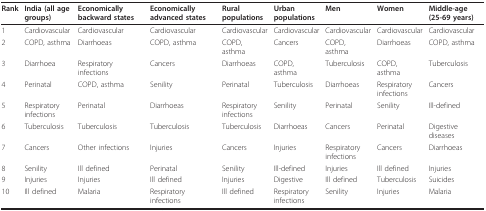
| Rank | India (all age groups) | Economically backward states | Economically advanced states | Rural populations | Urban populations | Men | Women | Middle-age (25-69 years) |
 | --- | --- | --- | --- | --- | --- | --- | --- | --- |
 | 1 | Cardiovascular | Cardiovascular | Cardiovascular | Cardiovascular | Cardiovascular | Cardiovascular | Cardiovascular | Cardiovascular |
 | 2 | COPD, asthma | Diarrhoeas | COPD, asthma | COPD, asthma | Cancers | COPD, asthma | Diarrhoeas | COPD, asthma |
 | 3 | Diarrhoea | Respiratory infections | Cancers | Diarrhoeas | COPD, asthma | Tuberculosis | COPD, asthma | Tuberculosis |
 | 4 | Perinatal | COPD, asthma | Senility | Perinatal | Tuberculosis | Diarrhoeas | Respiratory infections | Cancers |
 | 5 | Respiratory infections | Perinatal | Diarrhoeas | Respiratory infections | Senility | Perinatal | Senility | Ill-defined |
 | 6 | Tuberculosis | Tuberculosis | Tuberculosis | Tuberculosis | Diarrhoeas | Cancers | Perinatal | Digestive diseases |
 | 7 | Cancers | Other infections | Injuries | Cancers | Injuries | Respiratory infections | Cancers | Diarrhoeas |
 | 8 | Senility | Ill defined | Perinatal | Senility | Ill-defined | Injuries | Ill defined | Injuries |
 | 9 | Injuries | Injuries | Ill defined | Injuries | Digestive | Ill defined | Tuberculosis | Suicides |
 | 10 | Ill defined | Malaria | Respiratory infections | Ill defined | Respiratory infections | Senility | Injuries | Malaria |